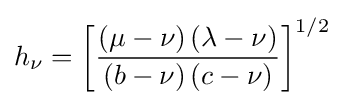
h_{\nu }=\left[{\frac {\left(\mu -\nu \right)\left(\lambda -\nu \right)}{\left(b-\nu \right)\left(c-\nu \right)}}\right]^{1/2}